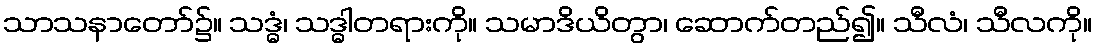
သာသနာတော်၌။ သဒ္ဓံ၊ သဒ္ဓါတရားကို။ သမာဒိယိတွာ၊ ဆောက်တည်၍။ သီလံ၊ သီလကို။